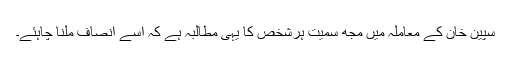
سپین خان کے معاملہ میں مجھ سمیت ہرشخص کا یہی مطالبہ ہے کہ اسے انصاف ملنا چاہئے۔